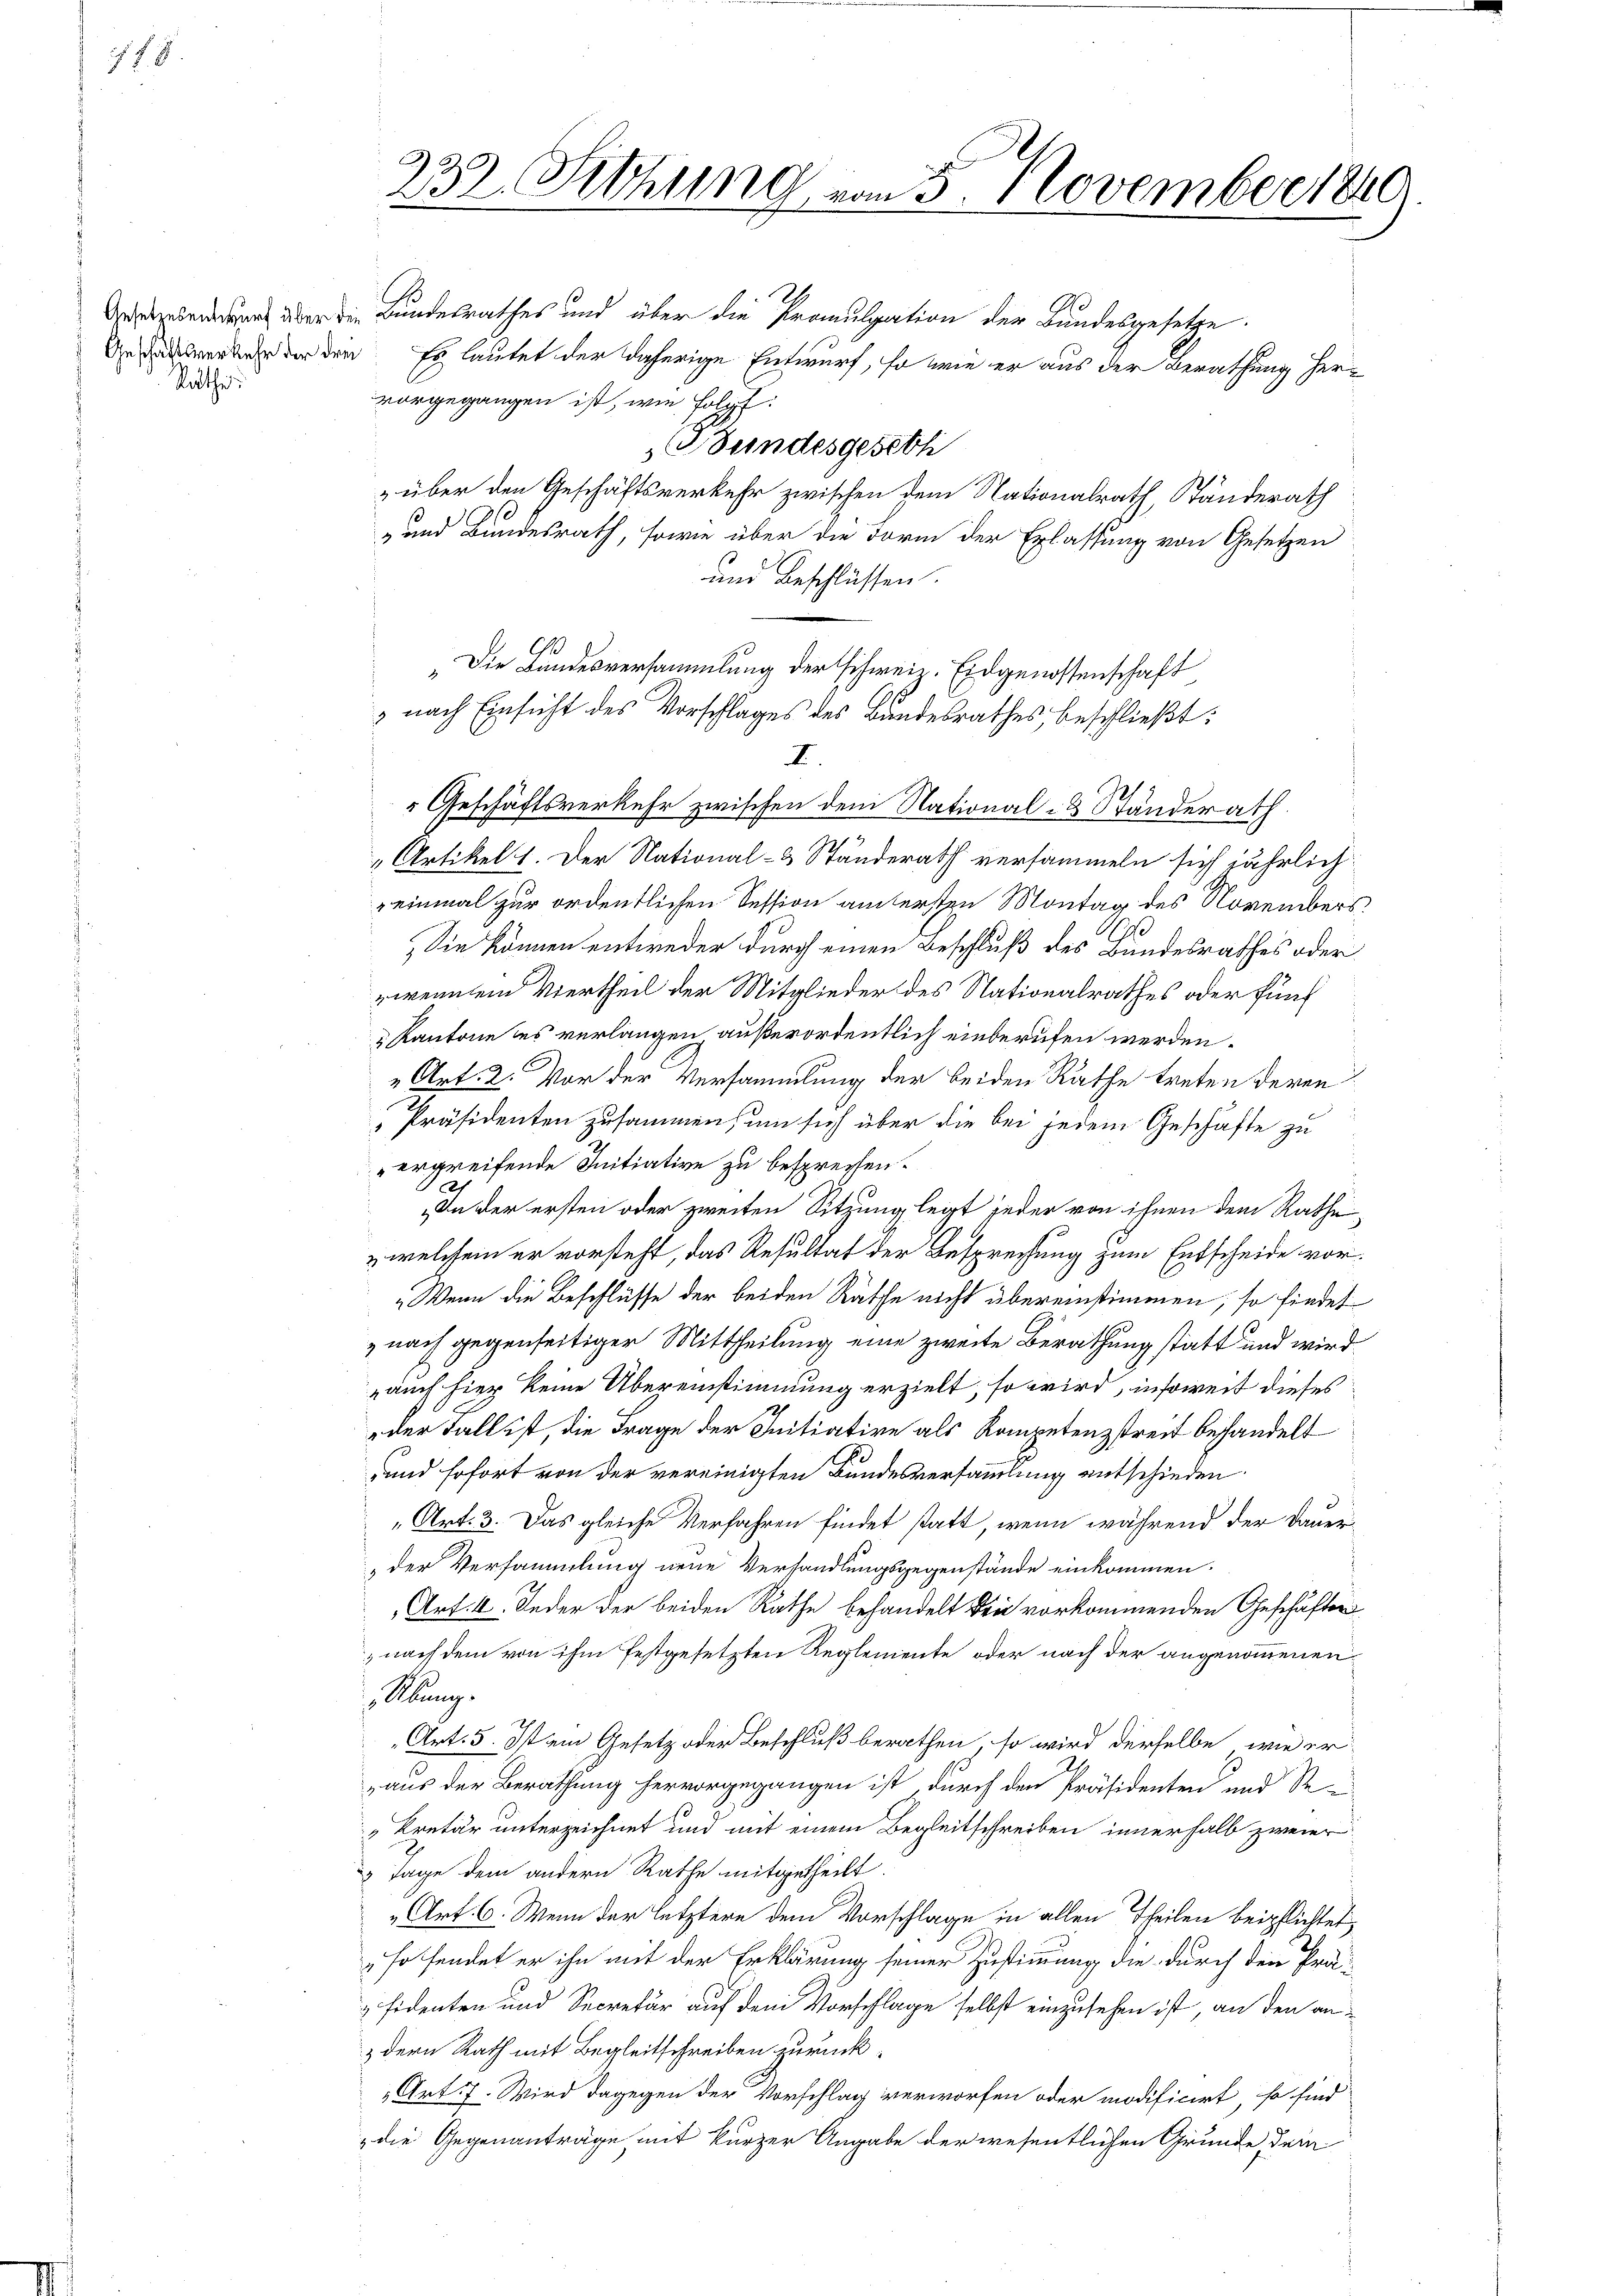
f 8

Rathe:

232. Sitzung vom 5. November 1840.

über die Bundesrathes und über die Promulgation der Bundesgesetze
An werde der den. Es lautet der daherige Entwurf, so wie er aus der Berathung hervorgegangen ist, wie folgt:
GBundesgeseh
 über den Geschäftsverkehr zwischen dem Nationalrath, Ständerath
- und Bundesrath, sowie über die Form der Erlassung von Gesetzen
und Beschlüssen.
 Geschäftsverkehr zwischen dem National- & Ständerath
„Artikel 1. Der National- & Ständerath versammeln sich jährlich
einmal zur ordentlichen Session am ersten Montag des Novembers
Sie können entweder durch einen Beschluß des Bundesrathes oder
rweinem Viertheil der Mitglieder des Nationalrathes oder fünf
" Kantone des verlangen außerordentlich einberufen werden.
„Art. 2. Vor der Versammlung der beiden Rathe treten deren
Präsidenten zusammen, um sich über die bei jedem Geschäfte zu
ergreifende Initiative zu besprechen.
Jah
„In der ersten oder zweiten Sitzung legt jeder von ihnen dem Rathe¬
& welchem er vorsteht, das Resultat der Besprechung zum Entscheide vor¬
„Wenn die Beschlüsse der beiden Räthe nicht übereinstimmen, so findet
„nach gegenseitiger Mittheilung, eine zweite Berathung statt und wird
auch hier keine Übereinstimmung erzielt, so wird, insoweit dieses
der Fall ist, die Frage der Initiative als Kompetenzstreit behandelt
und sofort von der vereinigten Bundesversammlung entschieden
„Art. 3. Das gleiche Verfahren findet statt, wenn während der Daueri
der Versammlung neue Verhandlungsgegenstände einkommen.
Art. 4. Jeder der beiden Rathe behandelt kein vorkommenden Geschäften
nach dem von ihm festgesetzten Reglemente oder nach der angenommenen
Alung.
Art. 5. Ist ein Gesetz oder Beschluß berathen, so wird derselbe wie er-
aus der Berathung hervorgegangen ist, durch den Präsidenten und Se-
"kretär unterzeichnet und mit einem Begleitschreiben innerhalb zweier
2 Tage dem andern Rathe mitgetheilt.
Art. 6. Wenn der letztere dem Vorschlage in allen Theilen beipflichtet,
„so sendet er ihn mit der Erklärung seiner Zustimmung die durch den Präfidenten und Secretär auf dem Vorschlage selbst einzusehen ist, an den andern Rath mit Begleitschreiben zurück¬
Art 7. Wird dagegen der Vorschlag verworfen oder modificirt, so sind
die Gegenanträge mit kurzer Angabe der wesentlichen Gründe dem

Die Bundesversammlung der schweiz. Eidgenossenschaft
 nach Einsicht des Vorschlages des Bundesrathes, beschließt:
I.